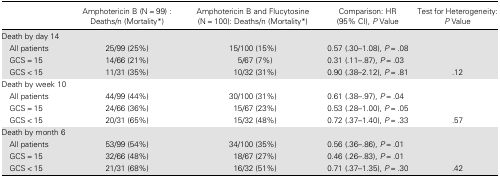
<table><thead><tr><td></td><td><b>Amphotericin B (N = 99) : Deaths/n (Mortality*)</b></td><td><b>Amphotericin B and Flucytosine (N = 100): Deaths/n (Mortality*)</b></td><td><b>Comparison: HR (95% CI), <i>P</i> Value</b></td><td><b>Test for Heterogeneity: <i>P</i> Value</b></td></tr></thead><tbody><tr><td>Death by day 14</td><td></td><td></td><td></td><td></td></tr><tr><td> All patients</td><td>25/99 (25%)</td><td>15/100 (15%)</td><td>0.57 (.30–1.08), <i>P</i> = .08</td><td></td></tr><tr><td> GCS = 15</td><td>14/66 (21%)</td><td>5/67 (7%)</td><td>0.31 (.11–.87), <i>P</i> = .03</td><td></td></tr><tr><td> GCS &lt; 15</td><td>11/31 (35%)</td><td>10/32 (31%)</td><td>0.90 (.38–2.12), <i>P</i> = .81</td><td>.12</td></tr><tr><td>Death by week 10</td><td></td><td></td><td></td><td></td></tr><tr><td> All patients</td><td>44/99 (44%)</td><td>30/100 (31%)</td><td>0.61 (.38–.97), <i>P</i> = .04</td><td></td></tr><tr><td> GCS = 15</td><td>24/66 (36%)</td><td>15/67 (23%)</td><td>0.53 (.28–1.00), <i>P</i> = .05</td><td></td></tr><tr><td> GCS &lt; 15</td><td>20/31 (65%)</td><td>15/32 (48%)</td><td>0.72 (.37–1.40), <i>P</i> = .33</td><td>.57</td></tr><tr><td>Death by month 6</td><td></td><td></td><td></td><td></td></tr><tr><td> All patients</td><td>53/99 (54%)</td><td>34/100 (35%)</td><td>0.56 (.36–.86), <i>P</i> = .01</td><td></td></tr><tr><td> GCS = 15</td><td>32/66 (48%)</td><td>18/67 (27%)</td><td>0.46 (.26–.83), <i>P</i> = .01</td><td></td></tr><tr><td> GCS &lt; 15</td><td>21/31 (68%)</td><td>16/32 (51%)</td><td>0.71 (.37–1.35), <i>P</i> = .30</td><td>.42</td></tr></tbody></table>